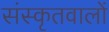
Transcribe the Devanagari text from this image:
संस्कृतवालों